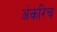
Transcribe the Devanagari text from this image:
अंकरिच